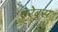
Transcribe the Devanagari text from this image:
एरेबुस